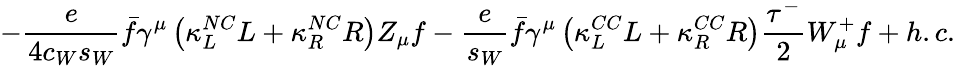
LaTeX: -\frac{e}{4c_{W}s_{W}}\bar{f}\gamma^{\mu}\left(\kappa_{L}^{NC}L+\kappa_{R}^{NC}R\right)Z_{\mu}f-\frac{e}{s_{W}}\bar{f}\gamma^{\mu}\left(\kappa_{L}^{CC}L+\kappa_{R}^{CC}R\right)\frac{\tau^{-}}{2}W_{\mu}^{+}f+h.c.